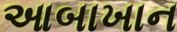
આબાખાન